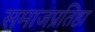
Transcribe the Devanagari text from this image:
समाजप्रतिष्ठा